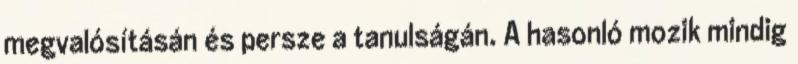
megvalósításán és persze a tanulságán. A hasonló mozik mindig